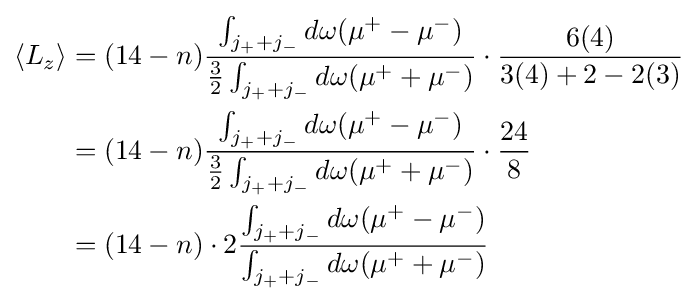
{\begin{aligned}\langle L_{z}\rangle &=(14-n){\frac {\int _{j_{+}+j_{-}}d\omega (\mu ^{+}-\mu ^{-})}{{\frac {3}{2}}\int _{j_{+}+j_{-}}d\omega {(\mu ^{+}+\mu ^{-})}}}\cdot {\frac {6(4)}{3(4)+2-2(3)}}\\&=(14-n){\frac {\int _{j_{+}+j_{-}}d\omega (\mu ^{+}-\mu ^{-})}{{\frac {3}{2}}\int _{j_{+}+j_{-}}d\omega {(\mu ^{+}+\mu ^{-})}}}\cdot {\frac {24}{8}}\\&=(14-n)\cdot 2{\frac {\int _{j_{+}+j_{-}}d\omega (\mu ^{+}-\mu ^{-})}{\int _{j_{+}+j_{-}}d\omega {(\mu ^{+}+\mu ^{-})}}}\end{aligned}}